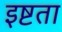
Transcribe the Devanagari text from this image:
इष्टता